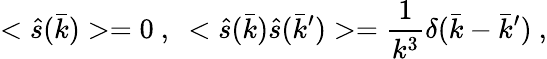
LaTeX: <\hat{s}(\bar{k})>=0~,~<\hat{s}(\bar{k})\hat{s}(\bar{k}^{\prime})>=\frac{1}{k^{3}}\delta(\bar{k}-\bar{k}^{\prime})~,